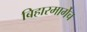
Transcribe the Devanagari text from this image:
बिहारमार्गेच